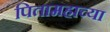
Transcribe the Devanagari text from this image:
पितामहाच्या